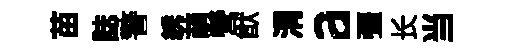
苗誌警綉萌營猷渭a彊长当